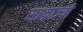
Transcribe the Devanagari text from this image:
साम्राज्यी